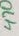
Text: 470